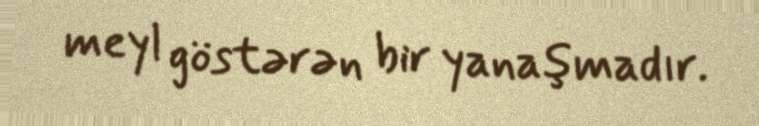
meyl göstərən bir yanaşmadır.